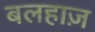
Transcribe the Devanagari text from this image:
बलहाज़